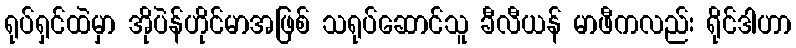
ရုပ်ရှင်ထဲမှာ အိုပဲန်ဟိုင်မာအဖြစ် သရုပ်ဆောင်သူ ခီလီယန် မာဖီကလည်း ရိုင်ဒါဟာ